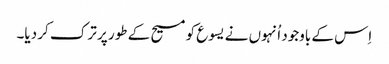
‏ اِس کے باوجود اُنہوں نے یسوع کو مسیح کے طور پر ترک کر دیا۔